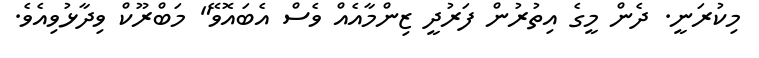
މިކުރަނީ. ދެން މީގެ އިތުރުން ފަރުދީ ޒިންމާއެއް ވެސް އެބައޮވޭ" މަބްރޫކް ވިދާޅުވިއެވެ.